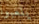
يلعبوا